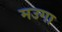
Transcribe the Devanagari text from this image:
मउगा